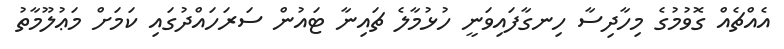
އެއްޗެއް ގޮވުމުގެ މިހާދިސާ ހިނގާފައިވަނީ ހުޅުމާލެ ޗައިނާ ޓައުން ސަރަހައްދުގައި ކަމަށް މަޢުލޫމާތު